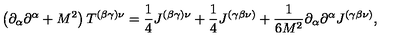
\left( \partial _ { \alpha } \partial ^ { \alpha } + M ^ { 2 } \right) T ^ { ( \beta \gamma ) \nu } = \frac { 1 } { 4 } J ^ { ( \beta \gamma ) \nu } + \frac { 1 } { 4 } J ^ { ( \gamma \beta \nu ) } + \frac { 1 } { 6 M ^ { 2 } } \partial _ { \alpha } \partial ^ { \alpha } J ^ { \left( \gamma \beta \nu \right) } ,